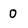
Character: 0